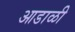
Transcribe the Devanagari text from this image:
आडाळी